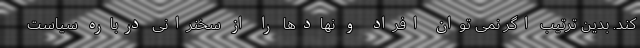
کند. بدین ترتیب اگر نمی توان افراد و نهادها را از سخنرانی درباره سیاست